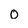
Character: 0